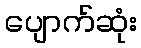
ပျောက်ဆုံး